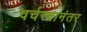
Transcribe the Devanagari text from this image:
वर्चस्वानंतर